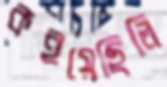
কইয়েছিলি